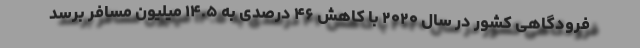
فرودگاهی کشور در سال ۲۰۲۰ با کاهش ۴۶ درصدی به ۱۴.۵ میلیون مسافر برسد